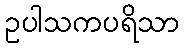
ဥပါသကပရိသာ